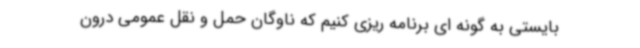
بایستی به گونه ای برنامه ریزی کنیم که ناوگان حمل و نقل عمومی درون